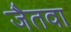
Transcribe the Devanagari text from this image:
जैतवा